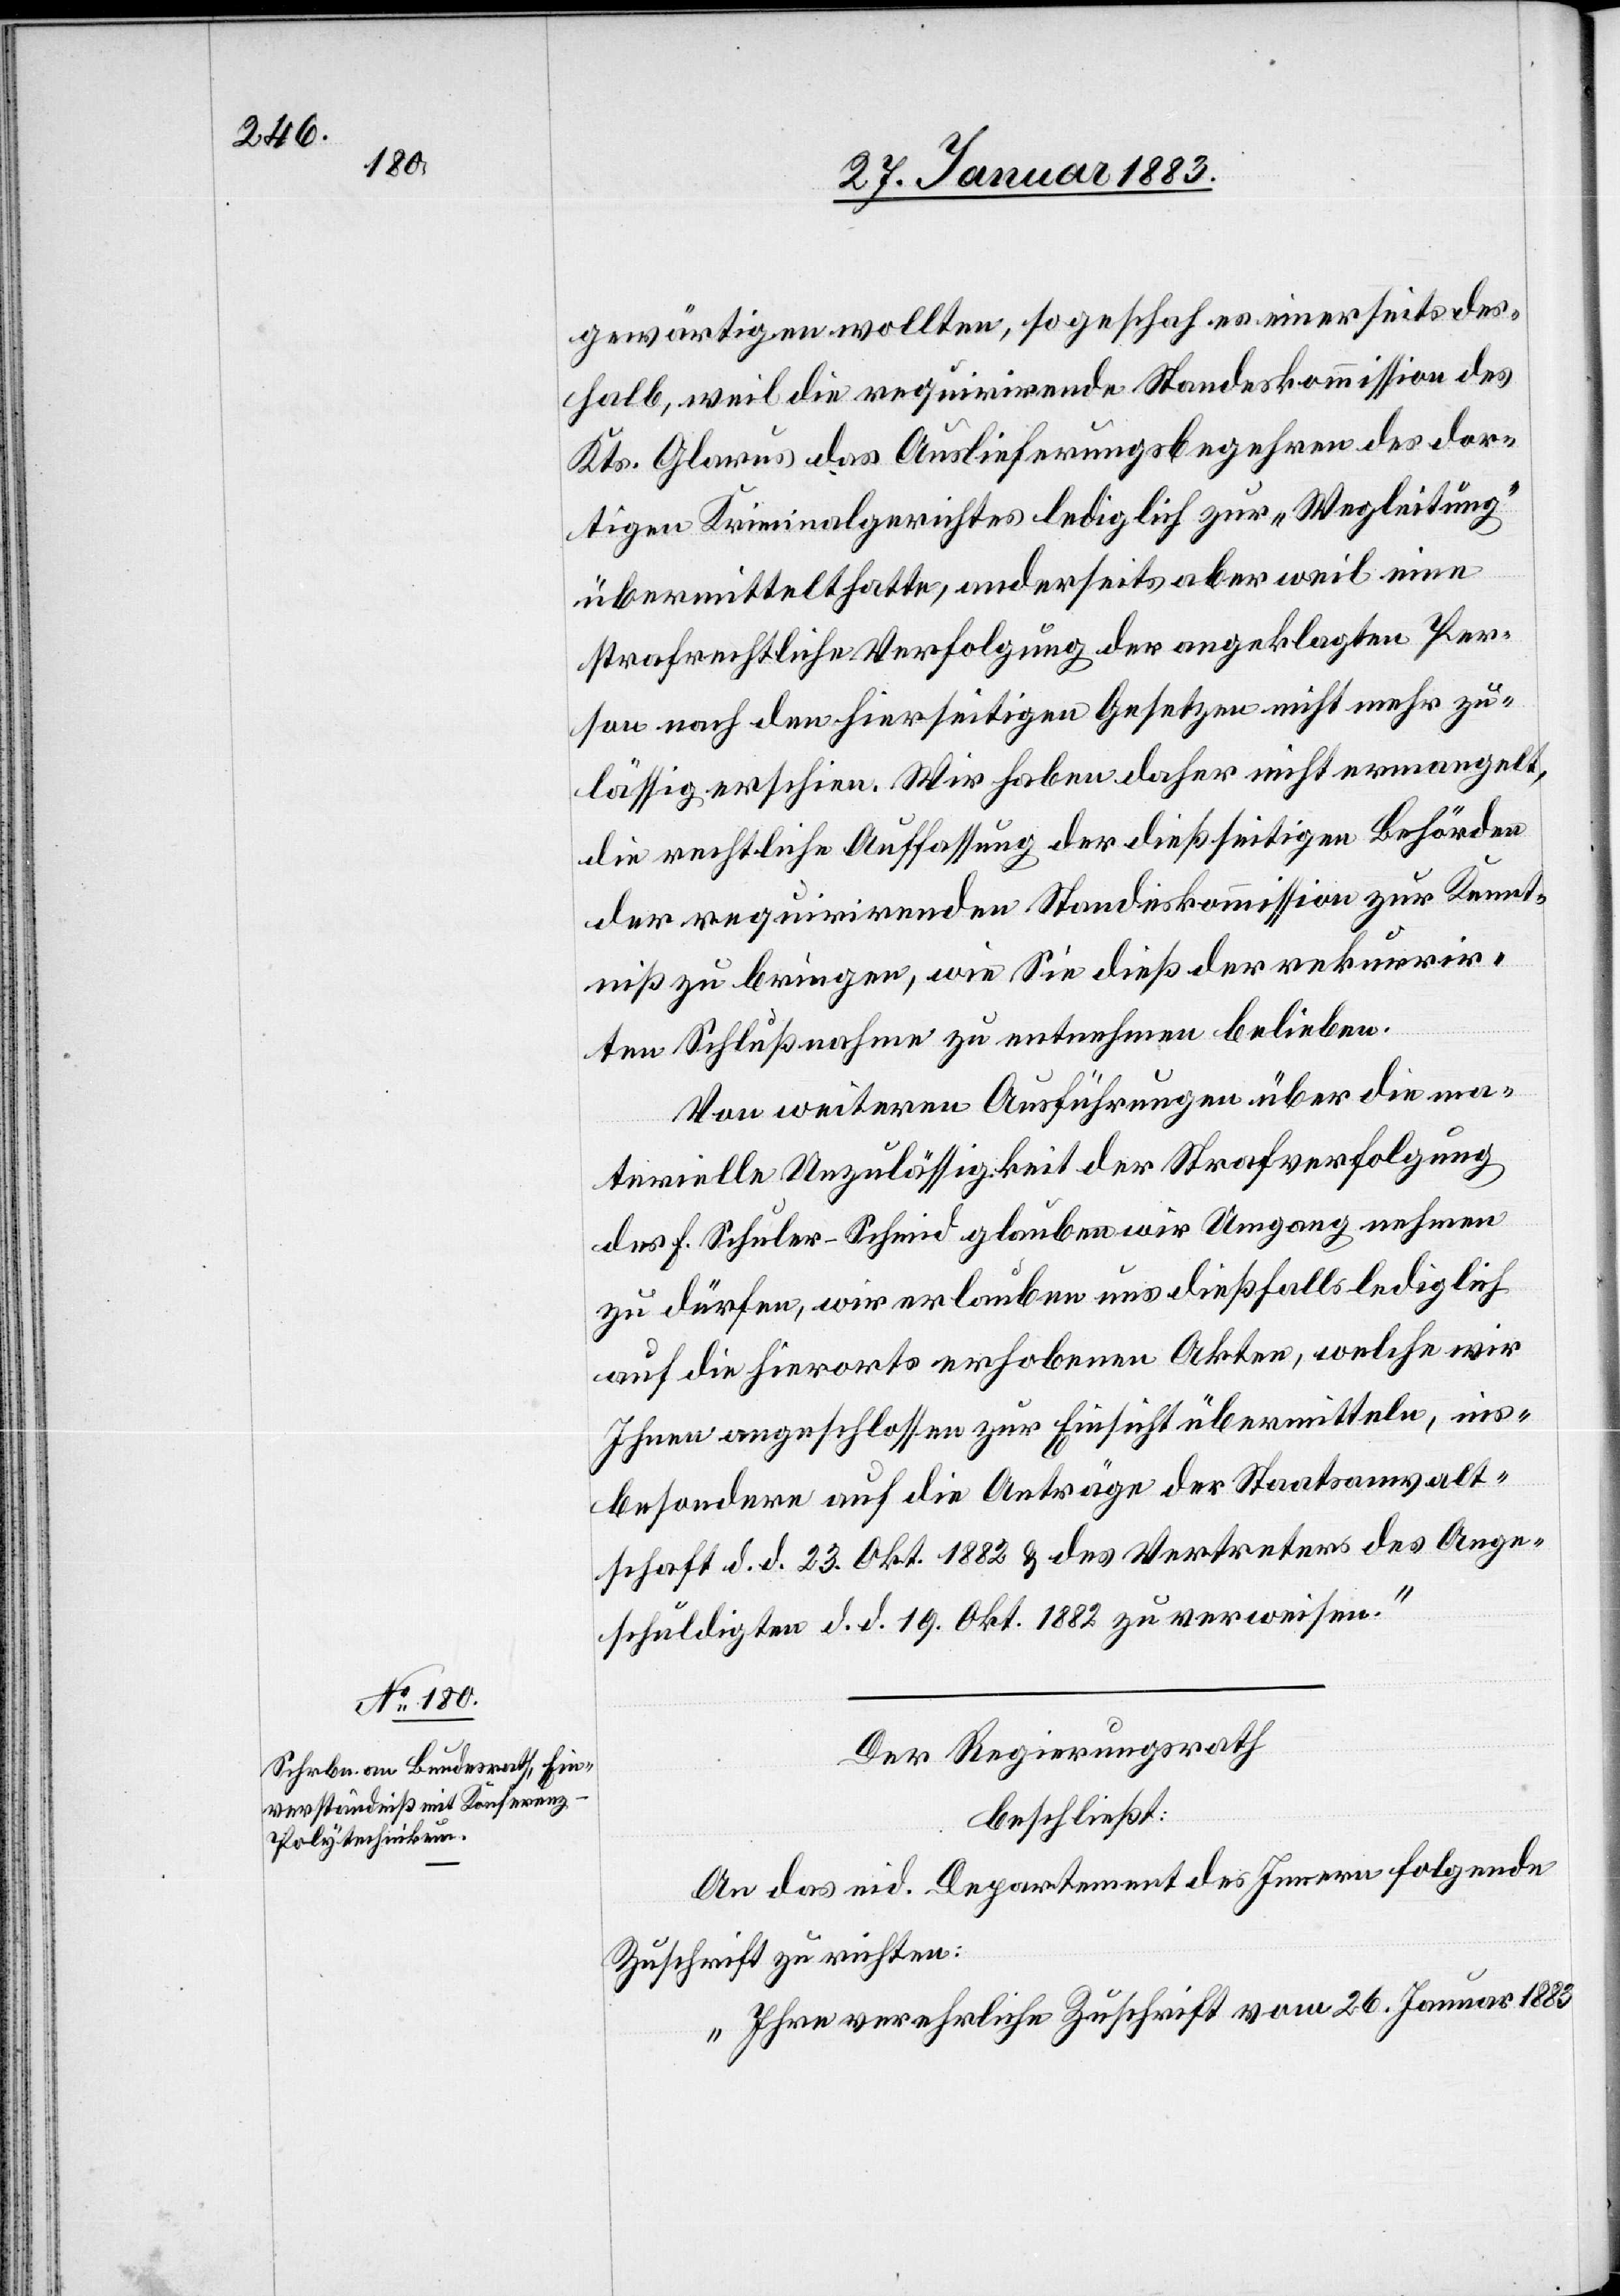
gewärtigen wollten, so geschah es einerseits des¬
halb, weil die requirirende Standeskommission des
Kts. Glarus das Auslieferungsbegehren des dor¬
tigen Kriminalgerichtes lediglich zur „Wegleitung“
übermittelt hatte, anderseits aber weil eine
strafrechtliche Verfolgung der angeklagten Per¬
son nach den hierseitigen Gesetzen nicht mehr zu¬
lässig erschien. Wir haben daher nicht ermangelt,
die rechtliche Auffassung der dießseitigen Behörden
der requirirenden Standeskommission zur Kennt¬
niß zu bringen, wie Sie dieß der rekurrir¬
ten Schlußnahme zu entnehmen belieben.
Von weiteren Ausführungen über die ma¬
terielle Unzulässigkeit der Strafverfolgung
des F. Schuler-Schmid glauben wir Umgang nehmen
zu dürfen, wir erlauben uns dießfalls lediglich
auf die hierorts erhobenen Akten, welche wir
Ihnen angeschlossen zur Einsicht übermitteln, ins¬
besondere auf die Anträge der Staatsanwalt¬
schaft d. d. 23. Okt. 1882 & des Vertreters des Ange¬
schuldigten d. d. 19. Okt. 1882 zu verweisen.“
Der Regierungsrath
beschließt:
An das eid. Departement des Innern folgende
Zuschrift zu richten:
„Ihre verehrliche Zuschrift vom 26. Januar 1883